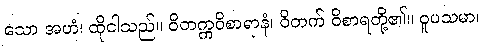
သော အဟံ၊ ထိုငါသည်။ ဝိတက္ကဝိစာရာနံ၊ ဝိတက် ဝိစာရတို့၏။ ဝူပသမာ၊